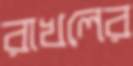
রাখলের